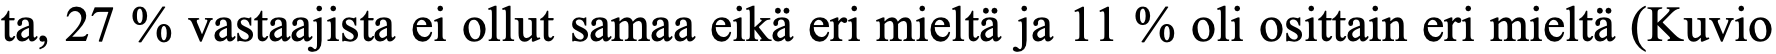
ta, 27 % vastaajista ei ollut samaa eikä eri mieltä ja 11 % oli osittain eri mieltä (Kuvio